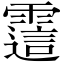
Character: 𬰊